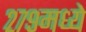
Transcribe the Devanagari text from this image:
२७९मध्ये